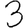
Digit: 3